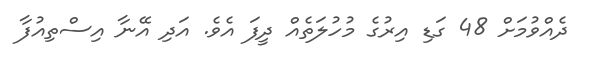
ދެއްވުމަށް 48 ގަޑި އިރުގެ މުހުލަތެއް ދީފަ އެވެ. އަދި އޭނާ އިސްތިއުފާ